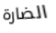
الضارة